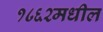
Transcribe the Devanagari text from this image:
१८६२मधील